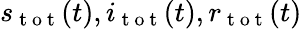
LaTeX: s_{\mathrm{~t~o~t~}}(t),i_{\mathrm{~t~o~t~}}(t),r_{\mathrm{~t~o~t~}}(t)